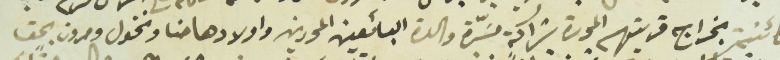
كائنة بخراج قريتهم الحدث شراكة مسَرّة والدة البائعين المحررين واولادها حنا ونخول ومرون بحق